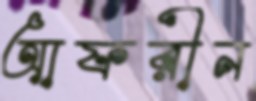
আফরীন